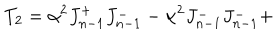
T _ { 2 } = \alpha ^ { 2 } J _ { n - 1 } ^ { + } J _ { n - 1 } ^ { - } - \alpha ^ { 2 } J _ { n - 1 } ^ { - } J _ { n - 1 } ^ { - } +